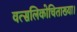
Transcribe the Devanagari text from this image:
वत्सलिकोचिताख्या।